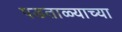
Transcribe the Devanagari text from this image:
पडताळ्याच्या